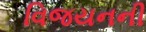
વિજયનની